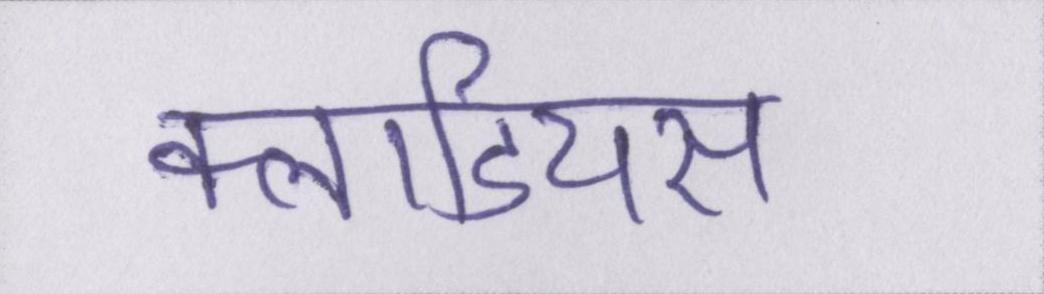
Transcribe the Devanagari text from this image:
क्लाडियस